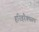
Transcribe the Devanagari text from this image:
हरिहरैक्यरूप